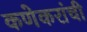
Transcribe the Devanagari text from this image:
कणेकरांची